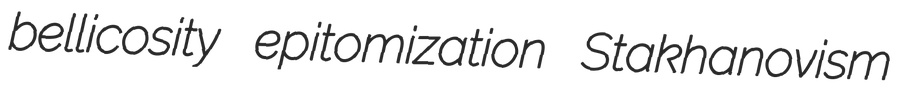
bellicosity epitomization Stakhanovism